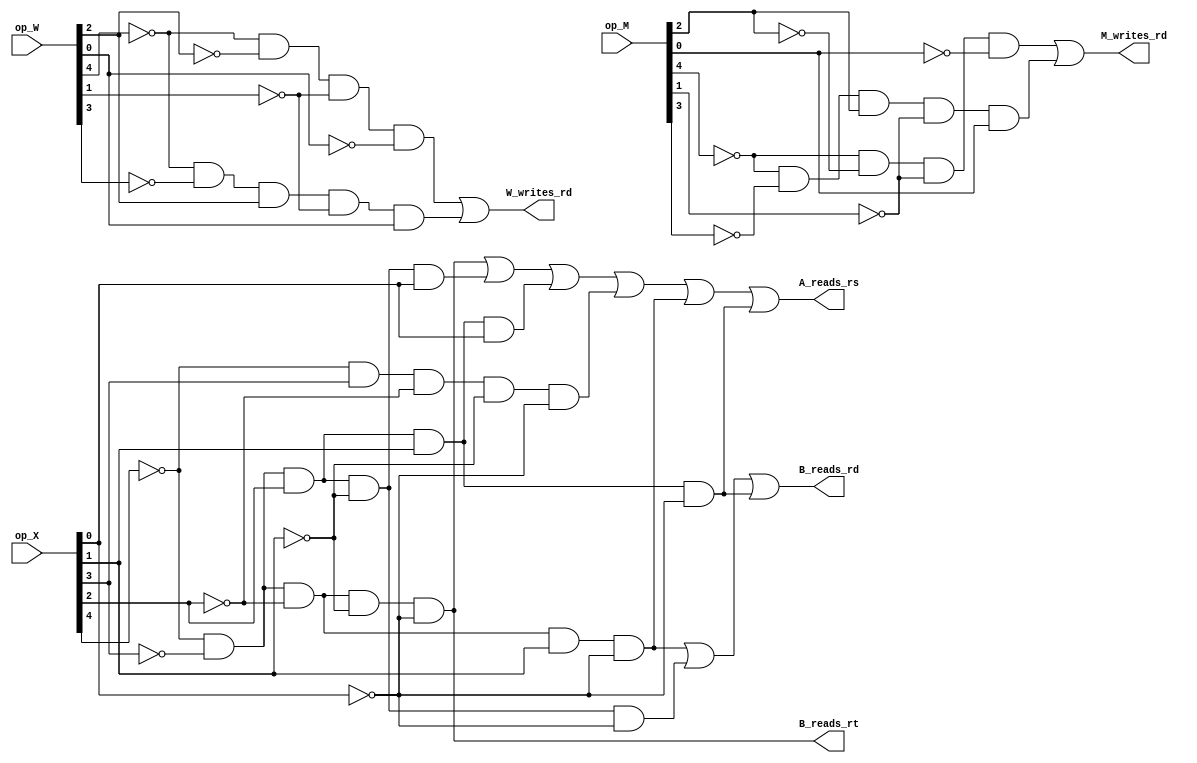
module check_readwrite(A_reads_rs, B_reads_rt, B_reads_rd, M_writes_rd, W_writes_rd, op_X, op_M, op_W);
    input [4:0] op_X, op_M, op_W;
    output A_reads_rs, B_reads_rt, B_reads_rd, M_writes_rd, W_writes_rd;

    wire xs0, xs1, xs2, xs3, xs4;
    wire m0, m1, m2, m3, m4;
    wire w0, w1, w2, w3, w4;

    assign xs0 = op_X[0];
    assign xs1 = op_X[1];
    assign xs2 = op_X[2];
    assign xs3 = op_X[3];
    assign xs4 = op_X[4];

    assign m0 = op_M[0];
    assign m1 = op_M[1];
    assign m2 = op_M[2];
    assign m3 = op_M[3];
    assign m4 = op_M[4];

    assign w0 = op_W[0];
    assign w1 = op_W[1];
    assign w2 = op_W[2];
    assign w3 = op_W[3];
    assign w4 = op_W[4];

    wire basicALU = (~xs4 & ~xs3 & ~xs2 & ~xs1 & ~xs0); //00000
    wire addi     = (~xs4 & ~xs3 &  xs2 & ~xs1 &  xs0); //00101
    wire sw       = (~xs4 & ~xs3 &  xs2 &  xs1 &  xs0); //00111
    wire lw       = (~xs4 &  xs3 & ~xs2 & ~xs1 & ~xs0); //01000
    wire bne      = (~xs4 & ~xs3 & ~xs2 &  xs1 & ~xs0); //00010
    wire blt      = (~xs4 & ~xs3 &  xs2 &  xs1 & ~xs0); //00110
    wire jr       = (~xs4 & ~xs3 &  xs2 & ~xs1 & ~xs0); //00100


    assign A_reads_rs = basicALU | addi | sw | lw | bne | blt;
    assign B_reads_rt = basicALU;
    assign B_reads_rd = bne | jr | blt;

    assign M_writes_rd = (~m4 & ~m2 & ~m1 & ~m0) | //00000 or 01000
                         (~m4 & ~m3 &  m2 & ~m1 &  m0); //00101 addi

    assign W_writes_rd = (~w4 & ~w2 & ~w1 & ~w0) | //00000 or 01000
                         (~w4 & ~w3 &  w2 & ~w1 &  w0); //00101 addi


endmodule